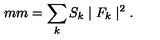
\hspace { 5 m m } = \sum _ { k } S _ { k } \mid { F _ { k } } \mid ^ { 2 } .